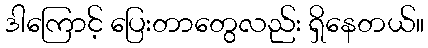
ဒါကြောင့် ပြေးတာတွေလည်း ရှိနေတယ်။